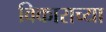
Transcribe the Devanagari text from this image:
विकाराच्या